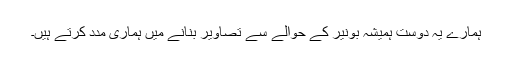
ہمارے یہ دوست ہمیشہ بونیر کے حوالے سے تصاویر بنانے میں ہماری مدد کرتے ہیں۔